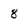
Character: 8